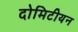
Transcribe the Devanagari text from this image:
दोमिटीयन